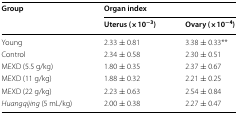
<table><thead><tr><td rowspan="2"><b>Group</b></td><td colspan="2"><b>Organ index</b></td></tr><tr><td><b>Uterus (×10<sup>−3</sup>)</b></td><td><b>Ovary (×10<sup>−4</sup>)</b></td></tr></thead><tbody><tr><td>Young</td><td>2.33 ± 0.81</td><td>3.38 ± 0.33**</td></tr><tr><td>Control</td><td>2.34 ± 0.58</td><td>2.30 ± 0.51</td></tr><tr><td>MEXD (5.5 g/kg)</td><td>1.80 ± 0.35</td><td>2.37 ± 0.67</td></tr><tr><td>MEXD (11 g/kg)</td><td>1.88 ± 0.32</td><td>2.21 ± 0.25</td></tr><tr><td>MEXD (22 g/kg)</td><td>2.23 ± 0.63</td><td>2.54 ± 0.84</td></tr><tr><td><i>Huangqijing</i> (5 mL/kg)</td><td>2.00 ± 0.38</td><td>2.27 ± 0.47</td></tr></tbody></table>